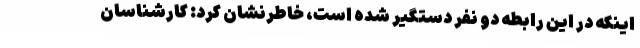
اینکه در این رابطه دو نفر دستگیر شده است، خاطرنشان کرد: کارشناسان